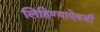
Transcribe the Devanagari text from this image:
लिहिण्याऐवजी